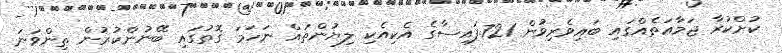
ކުށްކުރާ ޖަމާޢަތެއްގައި ބައިވެރިވުން 721.ފައިސާގެ އެކިއެކި ލިޔުންތައް ނަހަމަ ގޮތުގައި ބޭނުންކުރުން ތިންވަނަ